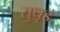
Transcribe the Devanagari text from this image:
सुधृड